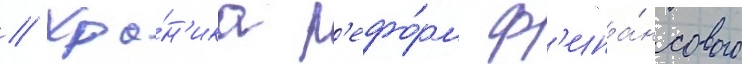
// Хро́н'ика р'ефо́рм ф'ина́нсового